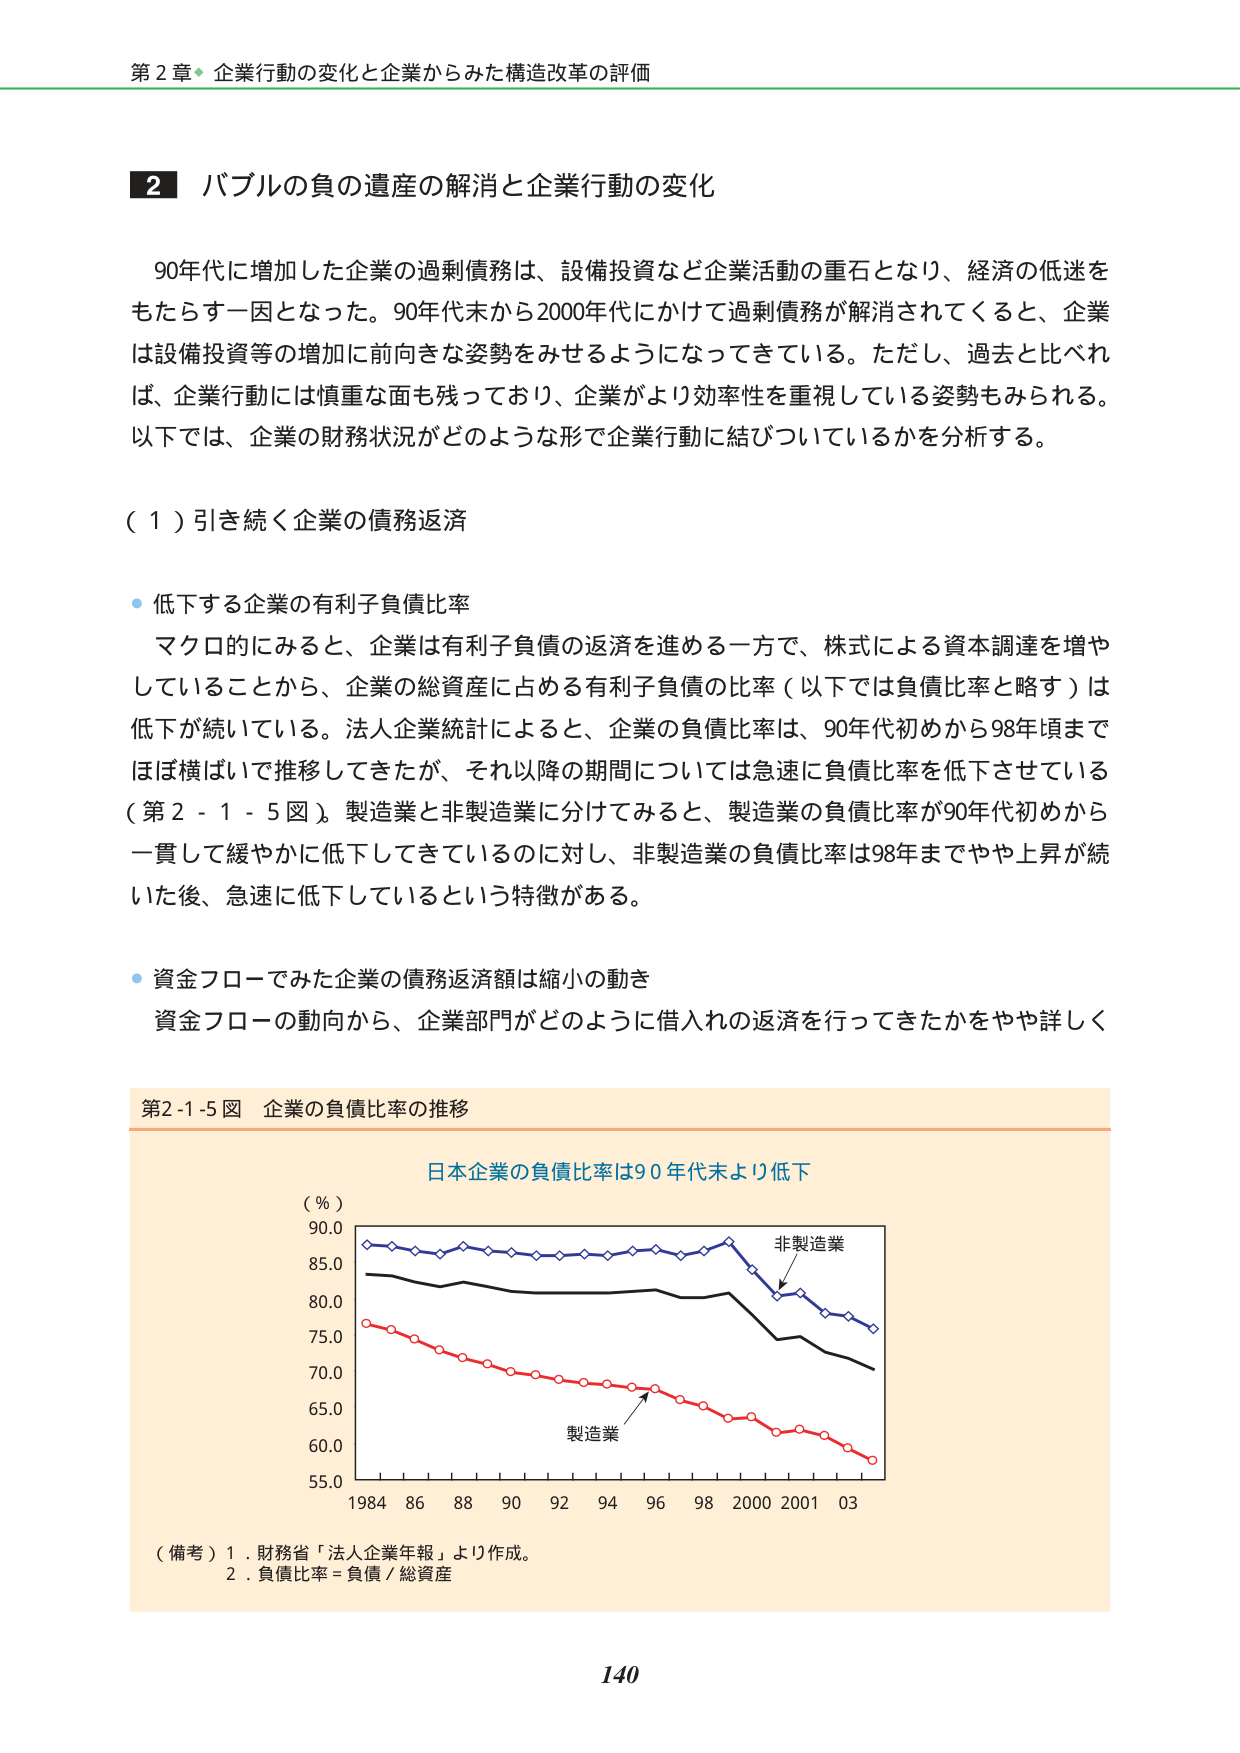
第２章 企業行動の変化と企業からみた構造改革の評価

２ バブルの負の遺産の解消と企業行動の変化

90年代に増加した企業の過剰債務は、設備投資など企業活動の重石となり、経済の低迷をもたらす一因となった。90年代末から2000年代にかけて過剰債務が解消されてくると、企業は設備投資等の増加に前向きな姿勢をみせるようになってきている。ただし、過去と比べれば、企業行動には慎重な面も残っており、企業がより効率性を重視している姿勢もみられる。以下では、企業の財務状況がどのような形で企業行動に結びついているかを分析する。

（１）引き続く企業の債務返済

・低下する企業の有利子負債比率
マクロ的にみると、企業は有利子負債の返済を進める一方で、株式による資本調達を増やしていることから、企業の総資産に占める有利子負債の比率（以下では負債比率と略す）は低下が続いている。法人企業統計によると、企業の負債比率は、90年代初めから98年頃まではほぼ横ばいで推移してきたが、それ以降の期間については急速に負債比率を低下させている（第２－１－５図）。製造業と非製造業に分けてみると、製造業の負債比率が90年代初めから一貫して緩やかに低下してきているのに対し、非製造業の負債比率は98年までやや上昇が続いた後、急速に低下しているという特徴がある。

・資金フローでみた企業の債務返済額は縮小の動き
資金フローの動向から、企業部門がどのように借入れの返済を行ってきたかをやや詳しく

第2-1-5図 企業の負債比率の推移

日本企業の負債比率は90年代末より低下

（％）
90.0
85.0
80.0
75.0
70.0
65.0
60.0
55.0

1984 86 88 90 92 94 96 98 2000 2001 03

非製造業
製造業

（備考）1．財務省「法人企業年報」より作成。
2．負債比率＝負債／総資産

140